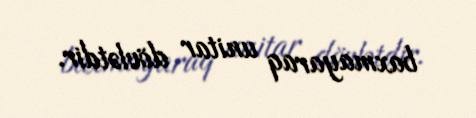
baxmayaraq unitar dövlətdir.